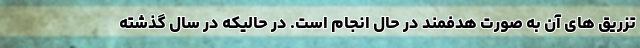
تزریق‌ های آن به صورت هدفمند در حال انجام است. در حالیکه در سال گذشته